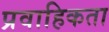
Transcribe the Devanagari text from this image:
प्रवाहिकता